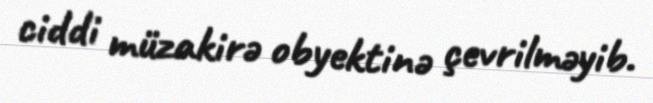
ciddi müzakirə obyektinə çevrilməyib.